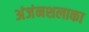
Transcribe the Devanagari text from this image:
अंजंनशलाका